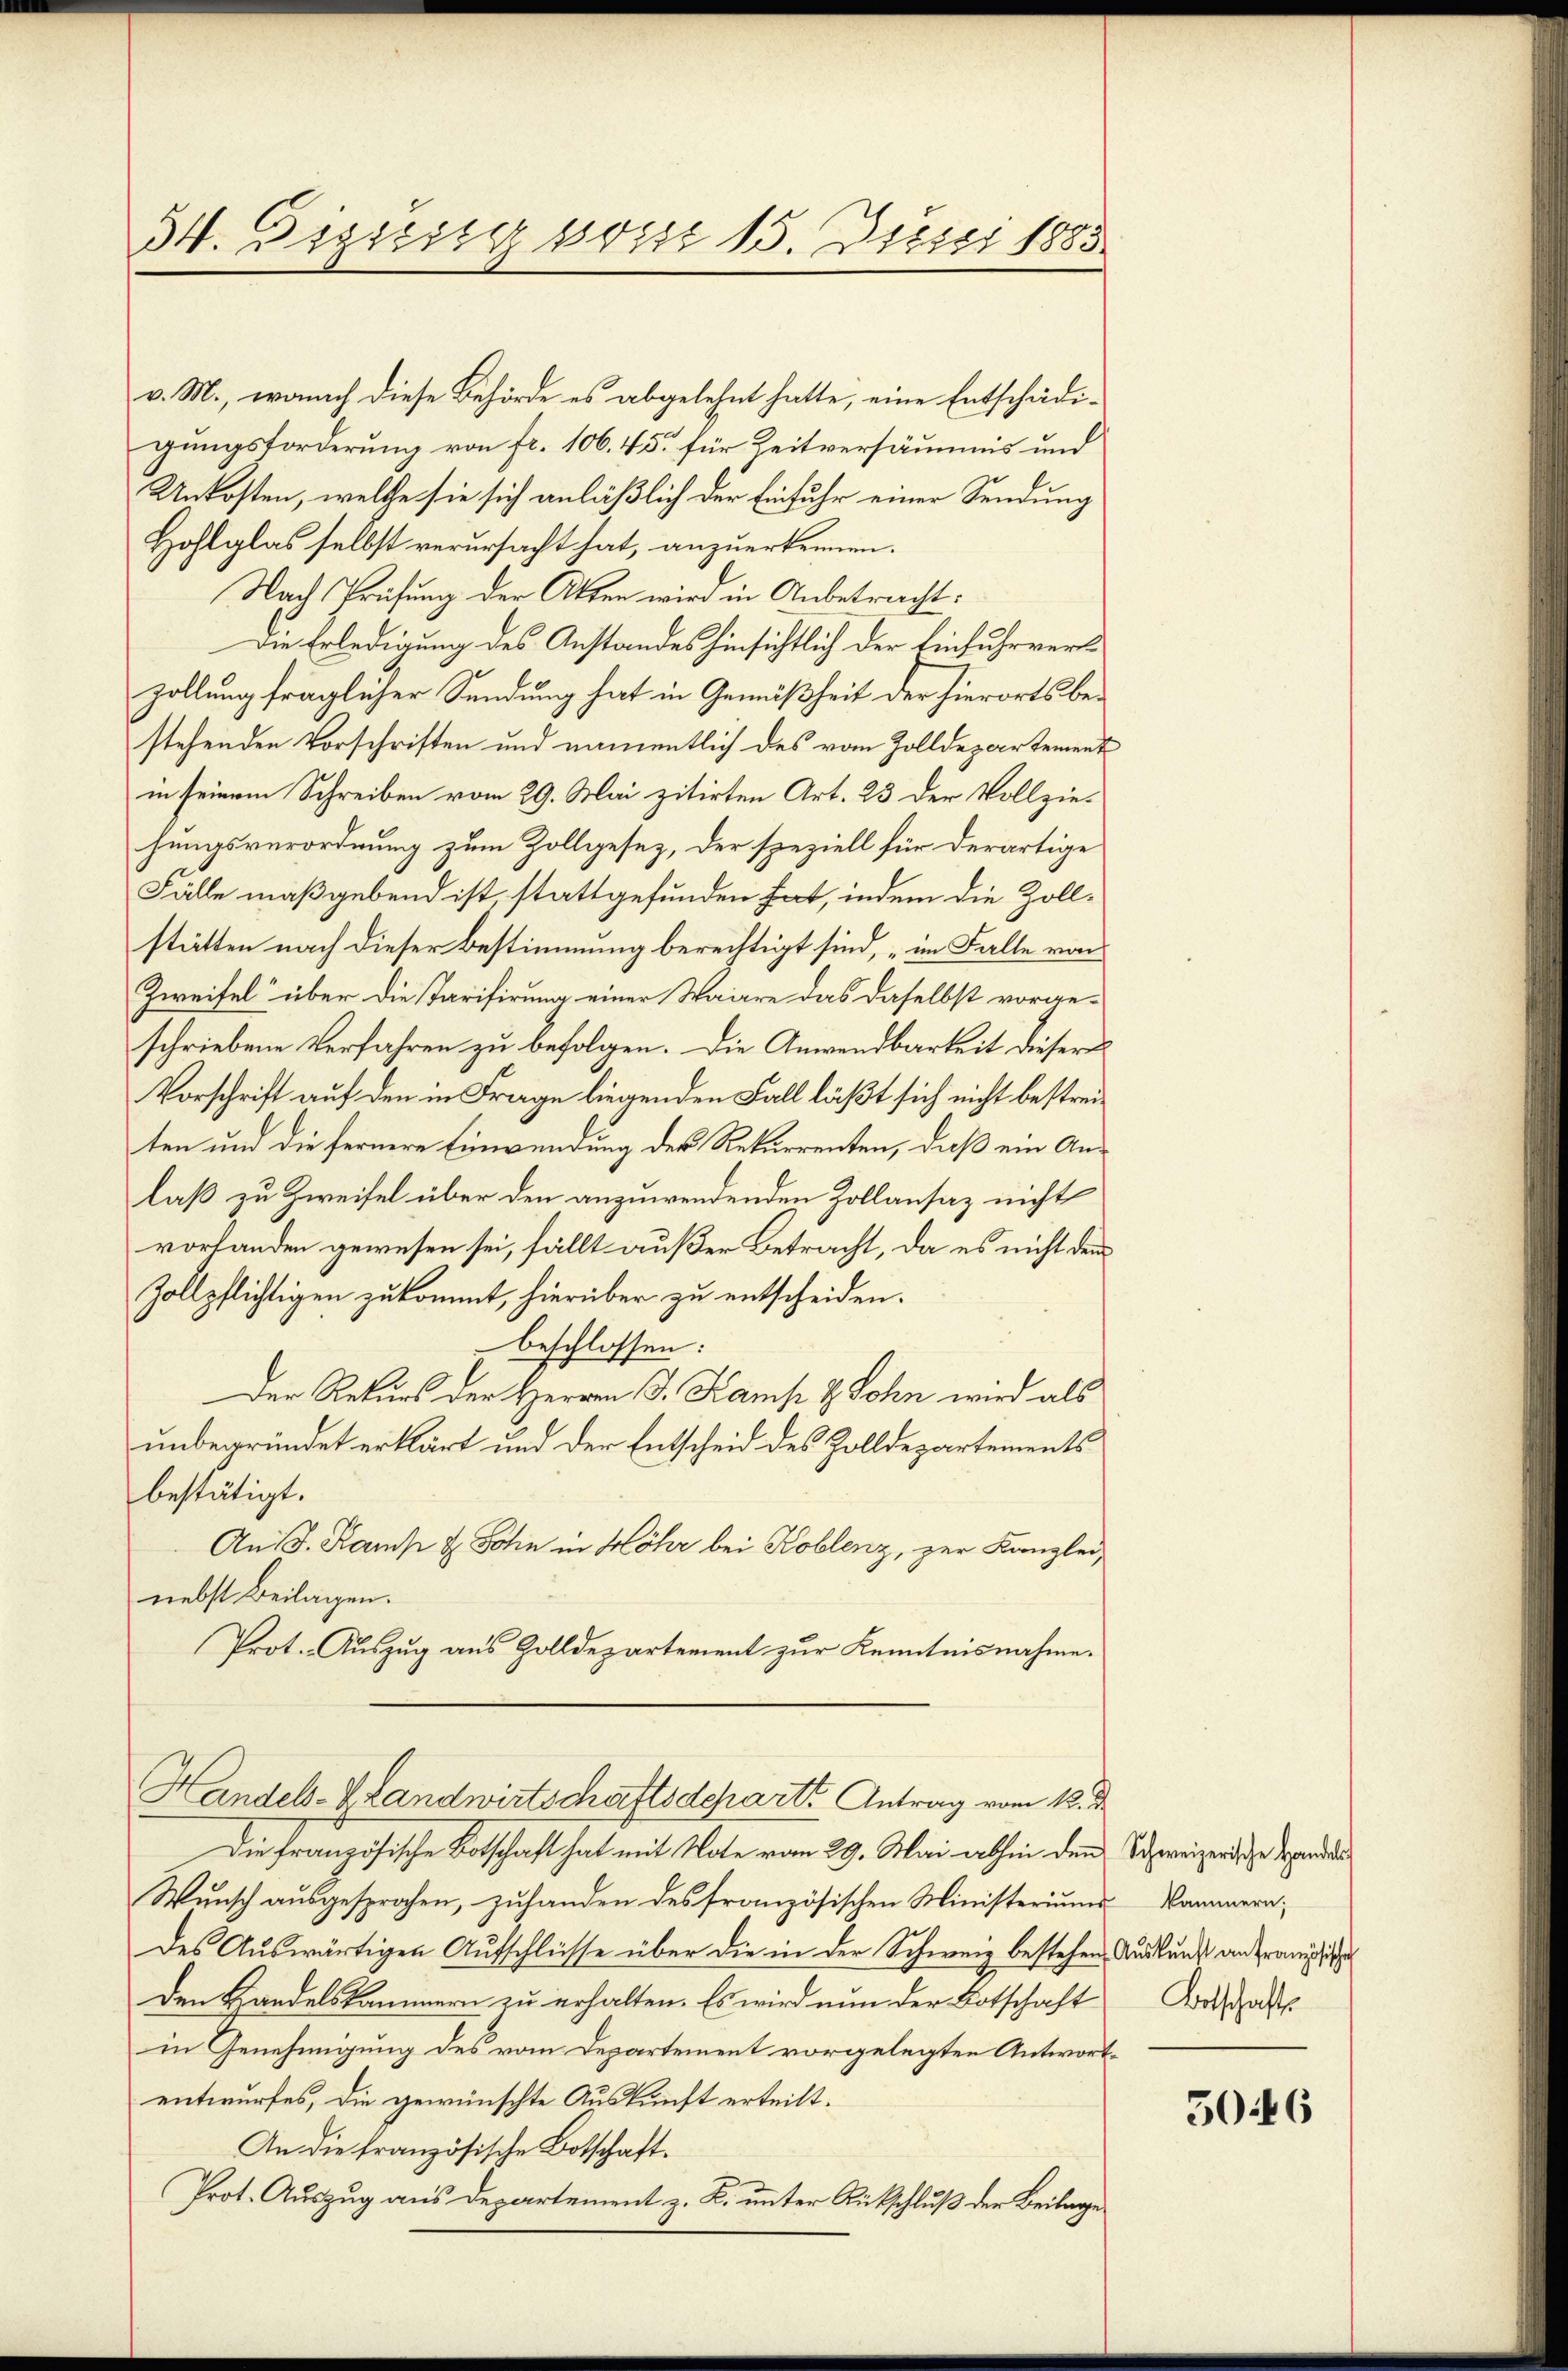
34. Diesig von 15. Juni 1885.

v. M., wonach diese Behörde es abgelehnt hatte, eine Entschädi-
gungsforderung von fr. 106. 45 für Zeitversäumnis und
Unkosten, welche sie sich anläßlich der Einfuhr einer Sendung
Hohlglas selbst verursacht hat, anzuerkennen.
Nach Prüfung der Akten wird in Anbetracht:
Die Erledigung des Anstandes hinsichtlich der Einfuhrverszollung fraglicher Sendung hat in Gemäßheit der hierorts bestehenden Vorschriften und namentlich des vom Zolldepartement
in seinem Schreiben vom 29. Mai zitirten Art. 23 der Vollziehungsverordnung zum Zollgesez, der speziell für derartige
Fälle maßgebend ist, stattgefunden hat, indem die Zollstätten nach dieser Bestimmung bereittigt sind, „im Falle von
Zweifel über die Tarifirung einer Waire das daselbst vorgeschriebene Verfahren zu befolgen. Die Anwendbarkeit dieser
Vorschrift auf den in Frage liegenden Fall läßt sich nicht bestreiten und die fernere Einwendung des Rekurrenten, daß ein Anlaß zu Zweifel über den anzuwendenden Zollansaz nicht
vorhanden gewesen sei, fällt außer Betracht, da es nicht dem
Zollpflichtigen zukommt, hierüber zu entscheiden.
beschlossen:
Der Rekurs der Herren J. Kamp & Sohn wird als
unbegründet erklärt und der Entscheid des Zolldepartements
bestätigt.
An J. Kamp & Sohn in Möhr bei Koblenz, zur Kanzlei-
nebst Beilagen.
Prot. Auszug aus Zolldepartement zur Kenntnisnahme.

Handels-V Landwirtschaftsdeparte Antrag vom 12. d.

Die französische Botschaft hat mit Note vom 29. Mai abhin den Schweizerische anden
Wunsch ausgesprochen, zuhanden des französischen Ministeriums-Kammern,
des Auswärtigen Aufschlüsse über die in der Schweiz bestehen, Auskunft anfrau i
Den Handelskammern zu erhalten. Es wird nun der Botschaft
in Genehmigung des vom Departement vorgelegten Antwortentwurfes, die gewünschte Auskunft erteilt.
An die französische Botschaft.
Prot. Auszug aus Departement z. B. unter Rückschluß der Beilage

Botschafts

5046